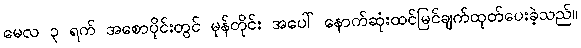
မေလ ၃ ရက် အစောပိုင်းတွင် မုန်တိုင်း အပေါ် နောက်ဆုံးထင်မြင်ချက်ထုတ်ပေးခဲ့သည်။